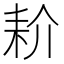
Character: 𰭱